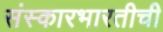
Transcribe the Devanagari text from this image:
संस्कारभारतीची